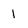
Character: 1